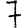
Digit: 7